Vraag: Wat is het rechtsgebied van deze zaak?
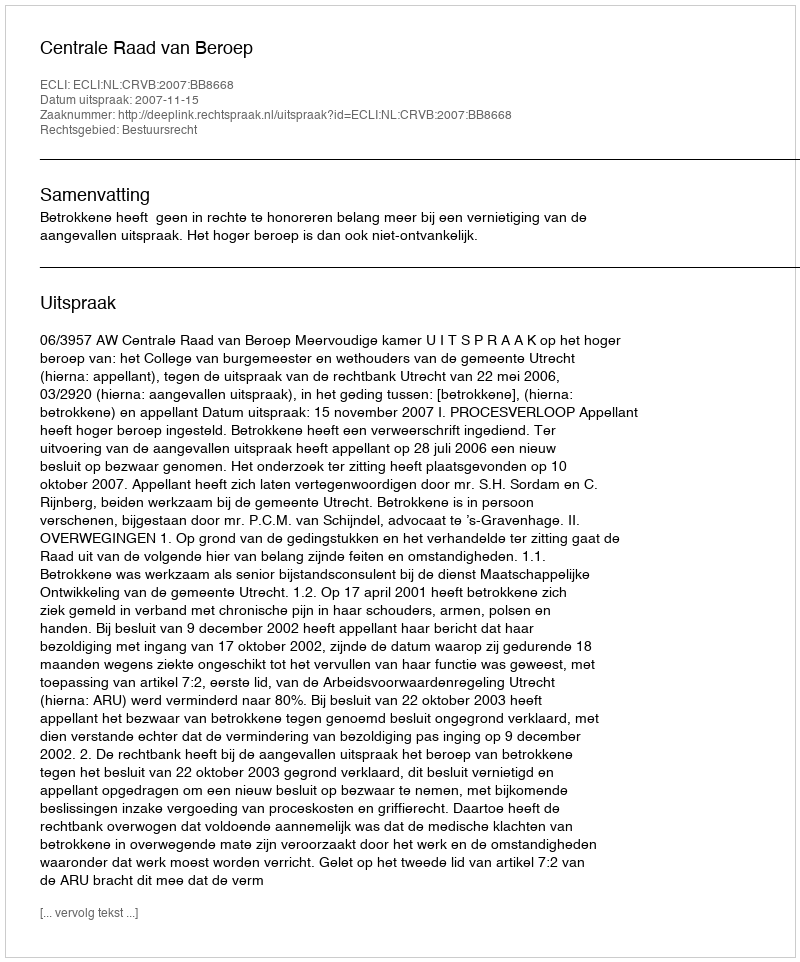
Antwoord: Bestuursrecht